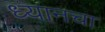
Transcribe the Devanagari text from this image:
ध्यानचा